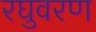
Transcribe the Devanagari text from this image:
रघुवरण